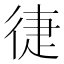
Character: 徢